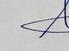
Signature authenticity: genuine